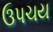
ઉપચય